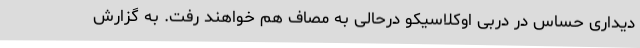
دیداری حساس در دربی اوکلاسیکو درحالی به مصاف هم خواهند رفت. به گزارش